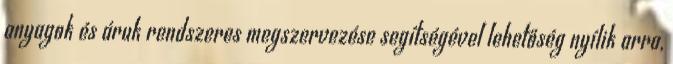
anyagok és áruk rendszeres megszervezése segítségével lehetőség nyílik arra,